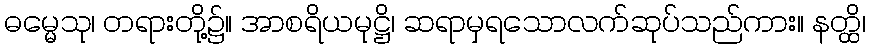
ဓမ္မေသု၊ တရားတို့၌။ အာစရိယမုဋ္ဌိ၊ ဆရာမှရသောလက်ဆုပ်သည်ကား။ နတ္ထိ၊